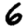
Digit: 6